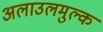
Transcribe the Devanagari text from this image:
अलाउलमुल्क